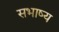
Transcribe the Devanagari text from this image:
सभाष्य